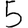
Digit: 5